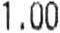
1.00